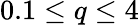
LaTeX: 0.1\leq q\leq 4